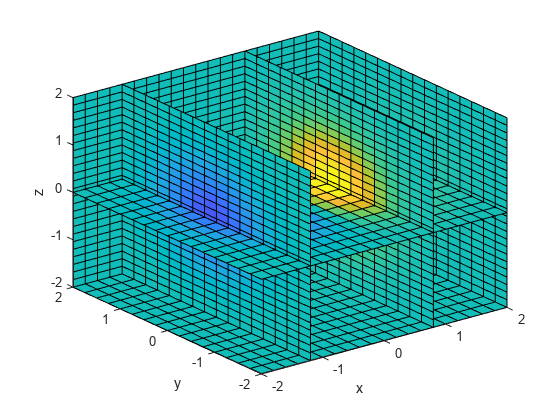
matlab, meshgrid, slice